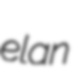
elan